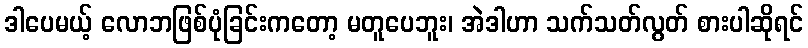
ဒါပေမယ့် လောဘဖြစ်ပုံခြင်းကတော့ မတူပေဘူး၊ အဲဒါဟာ သက်သတ်လွတ် စားပါဆိုရင်